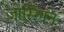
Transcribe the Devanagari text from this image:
जोस्लिन